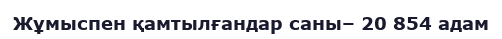
Жұмыспен қамтылғандар саны– 20 854 адам